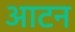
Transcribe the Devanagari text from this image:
आटन